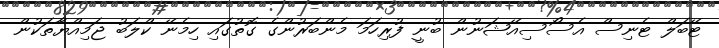
ޓޭބަލް ޓެނިސް އެސޯސިއޭޝަނުން ބުނީ ފުރިހަމަ މެންބަރުންގެ ގޮތުގައި ހިމެނޭ ކްލަބު ޖަމިއްޔާތަކުން